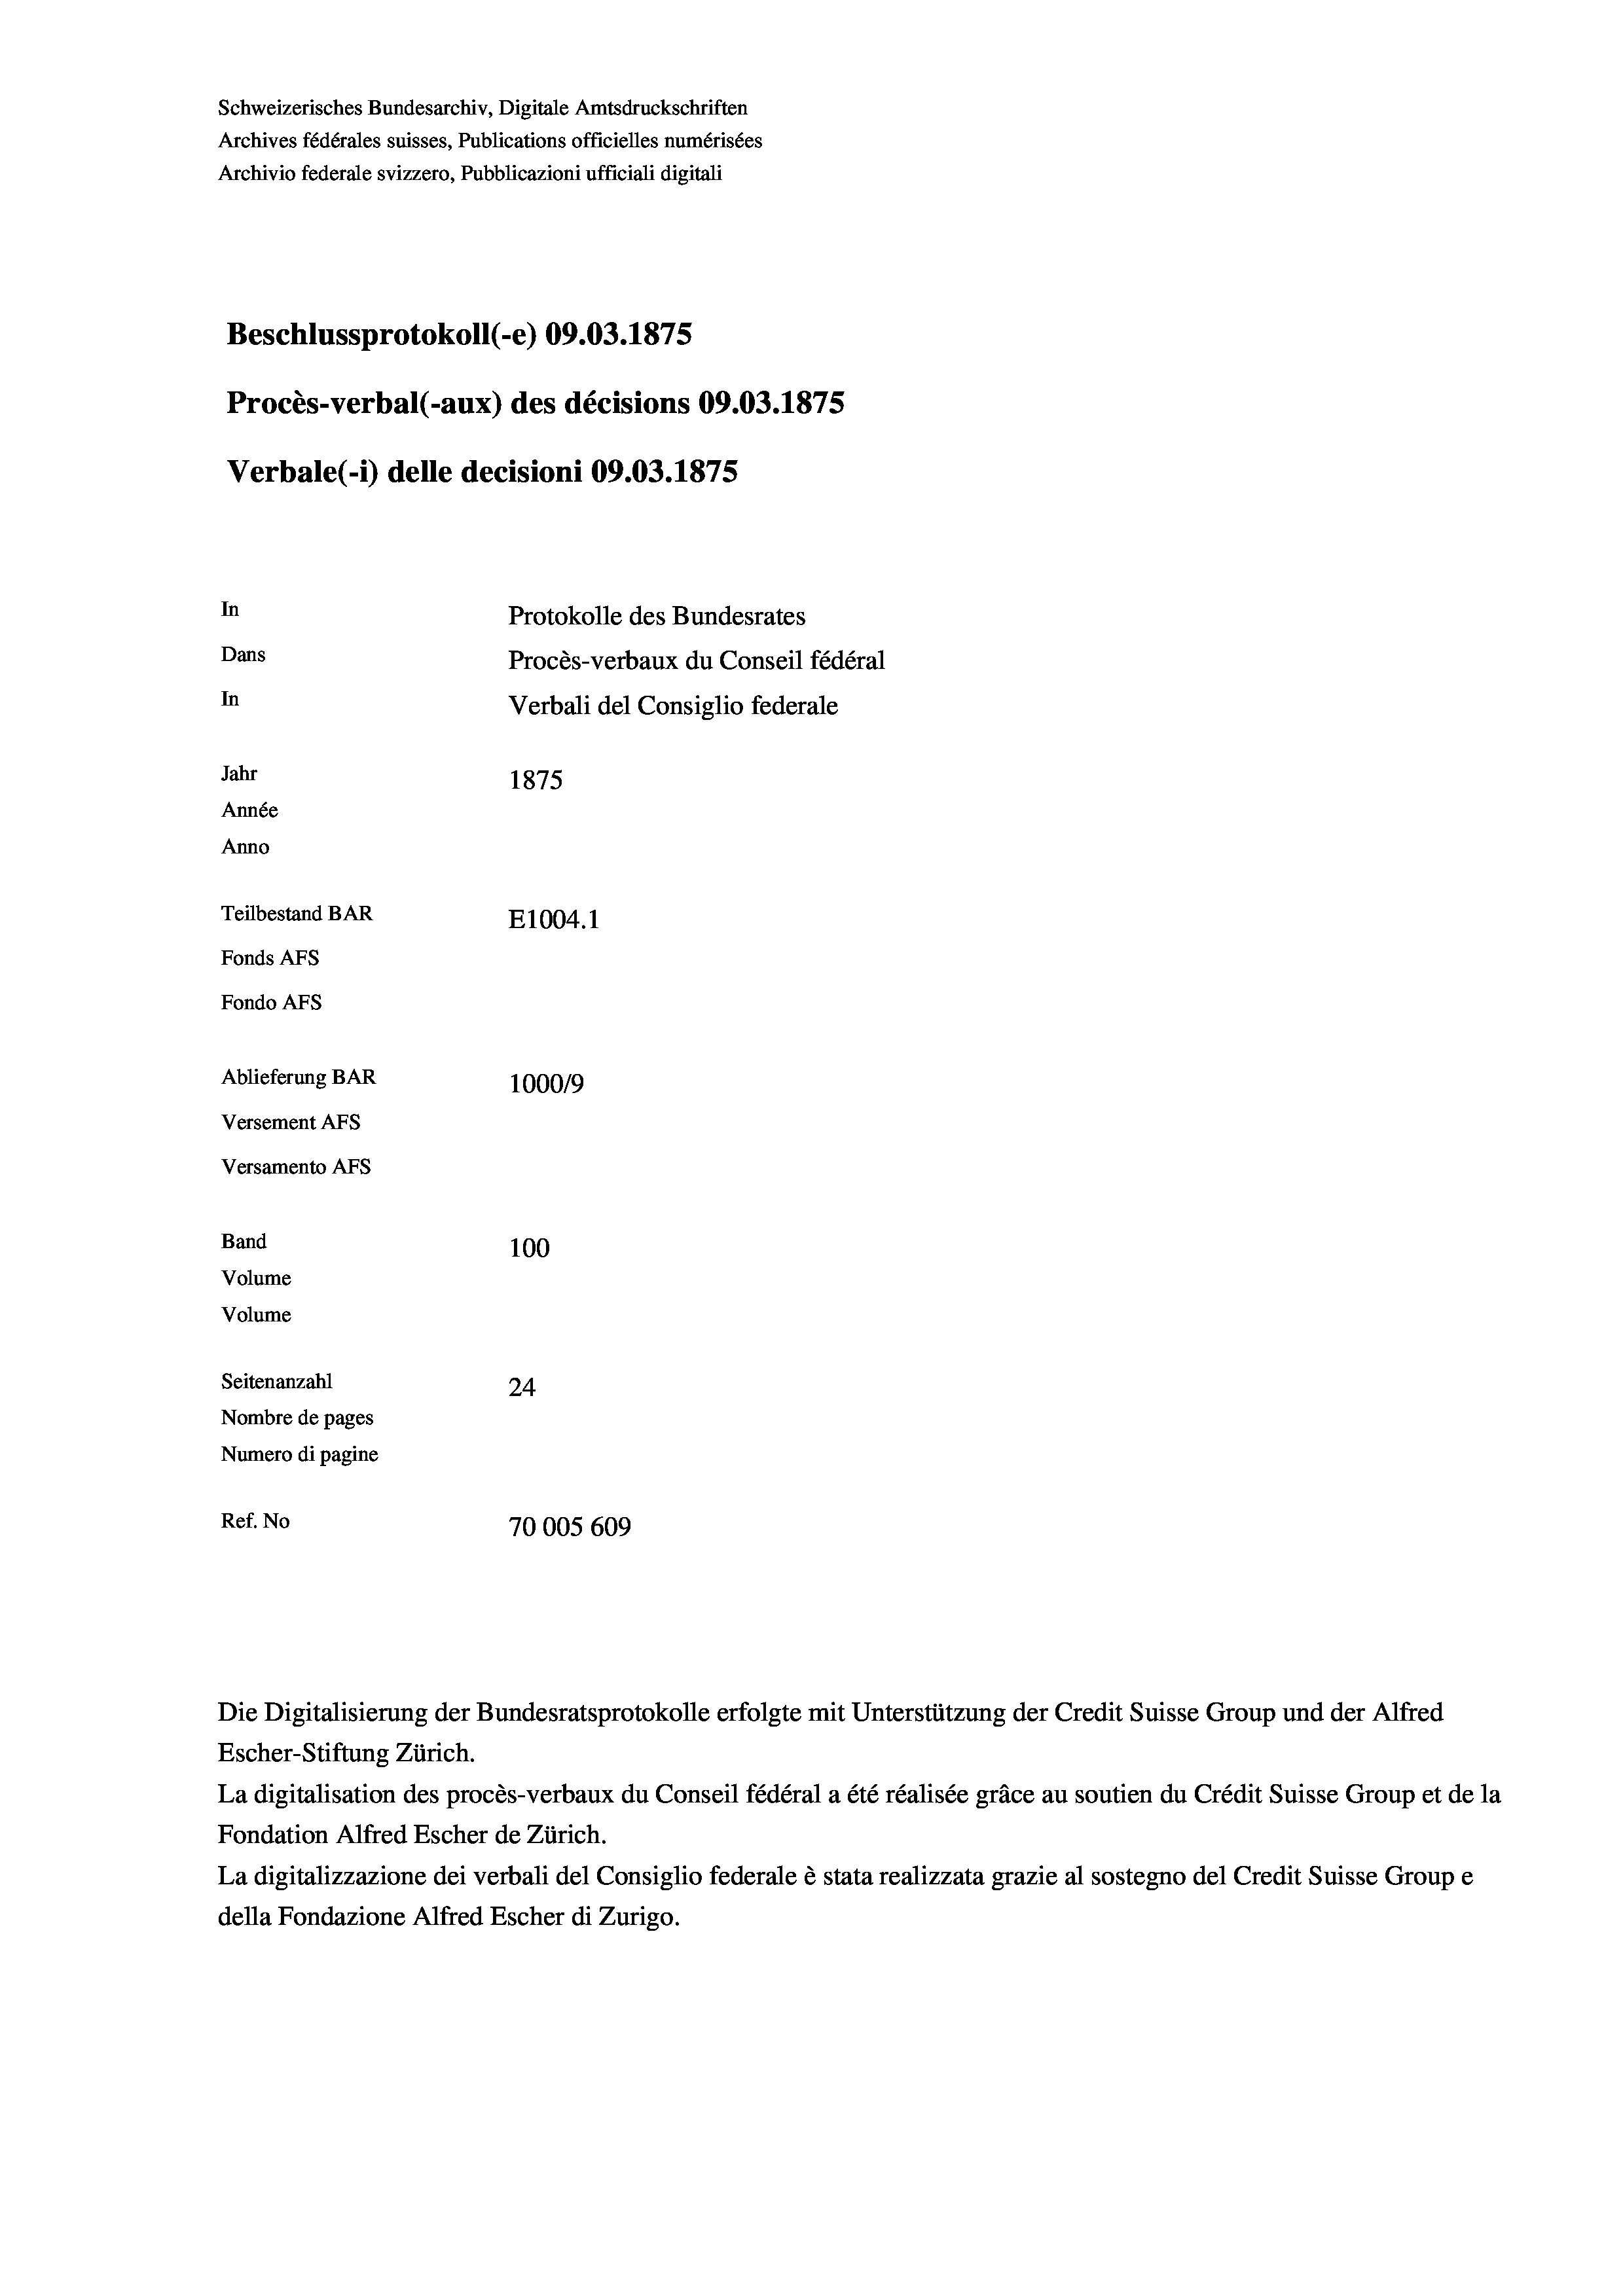
Schweizerisches Bundesarchiv, Digitale Amtsdruckschriften
Archives fédérales suisses, Publications officielles numérisées
Archivio federale svizzero, Pubblicazioni ufficiali digitali
Beschlussprotokoll (-e) 09.03. 1875
Procès-verbal (-aux) des décisions 09.03. 1875
Verbale (- 1) delle decisioni 09.03. 1875
In
Protokolle des Bundesrates
Dans
Procès-verbaux du Conseil fédéral
In
Verbali del Consiglio federale
Jahr
1875
Année
Anno
Teilbestand BAR
E1004. 1
Fonds AFs
Fondo AFs
Ablieferung BAR
100019
Versement AFS
Versamento Afs
Band
100
Volume
Volume

Seitenanzahl
24
Nombre de pages
Numero di pagine
Ref. No
70005 609

Die Digitalisierung der Bundesratsprotokolle erfolgte mit Unterstützung der Credit Suisse Group und der Alfred
Escher-Stiftung Zürich.
La digitalisation des procès-verbaux du Conseil fédéral a été réalisée gräce au soutien du Crédit Suisse Group et de la
Fondation Alfred Escher de Zürich.
La digitalizzazione dei verbali del Consiglio federale è stata realizzata grazie al sostegno del Credit Suisse Groupe
della Fondazione Alfred Escher di Zurigo.